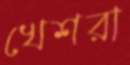
খেশরা